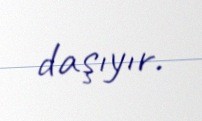
daşıyır.